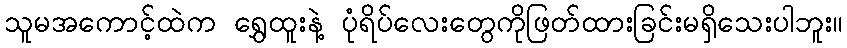
သူမအကောင့်ထဲက ရွှေထူးနဲ့ ပုံရိပ်လေးတွေကိုဖြတ်ထားခြင်းမရှိသေးပါဘူး။